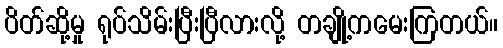
ပိတ်ဆို့မှု ရုပ်သိမ်းပြီးပြီလားလို့ တချို့ကမေးကြတယ်။